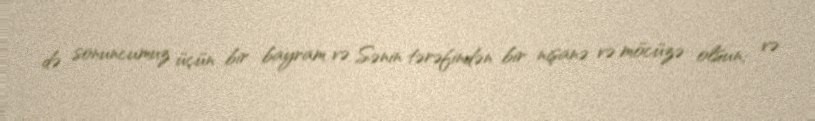
də sonuncumuz üçün bir bayram və Sənin tərəfindən bir nişanə və möcüzə olsun; və